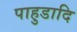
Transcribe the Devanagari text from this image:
पाहुडादि